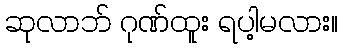
ဆုလာဘ် ဂုဏ်ထူး ရပါ့မလား။